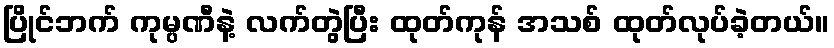
ပြိုင်ဘက် ကုမ္ပဏီနဲ့ လက်တွဲပြီး ထုတ်ကုန် အသစ် ထုတ်လုပ်ခဲ့တယ်။